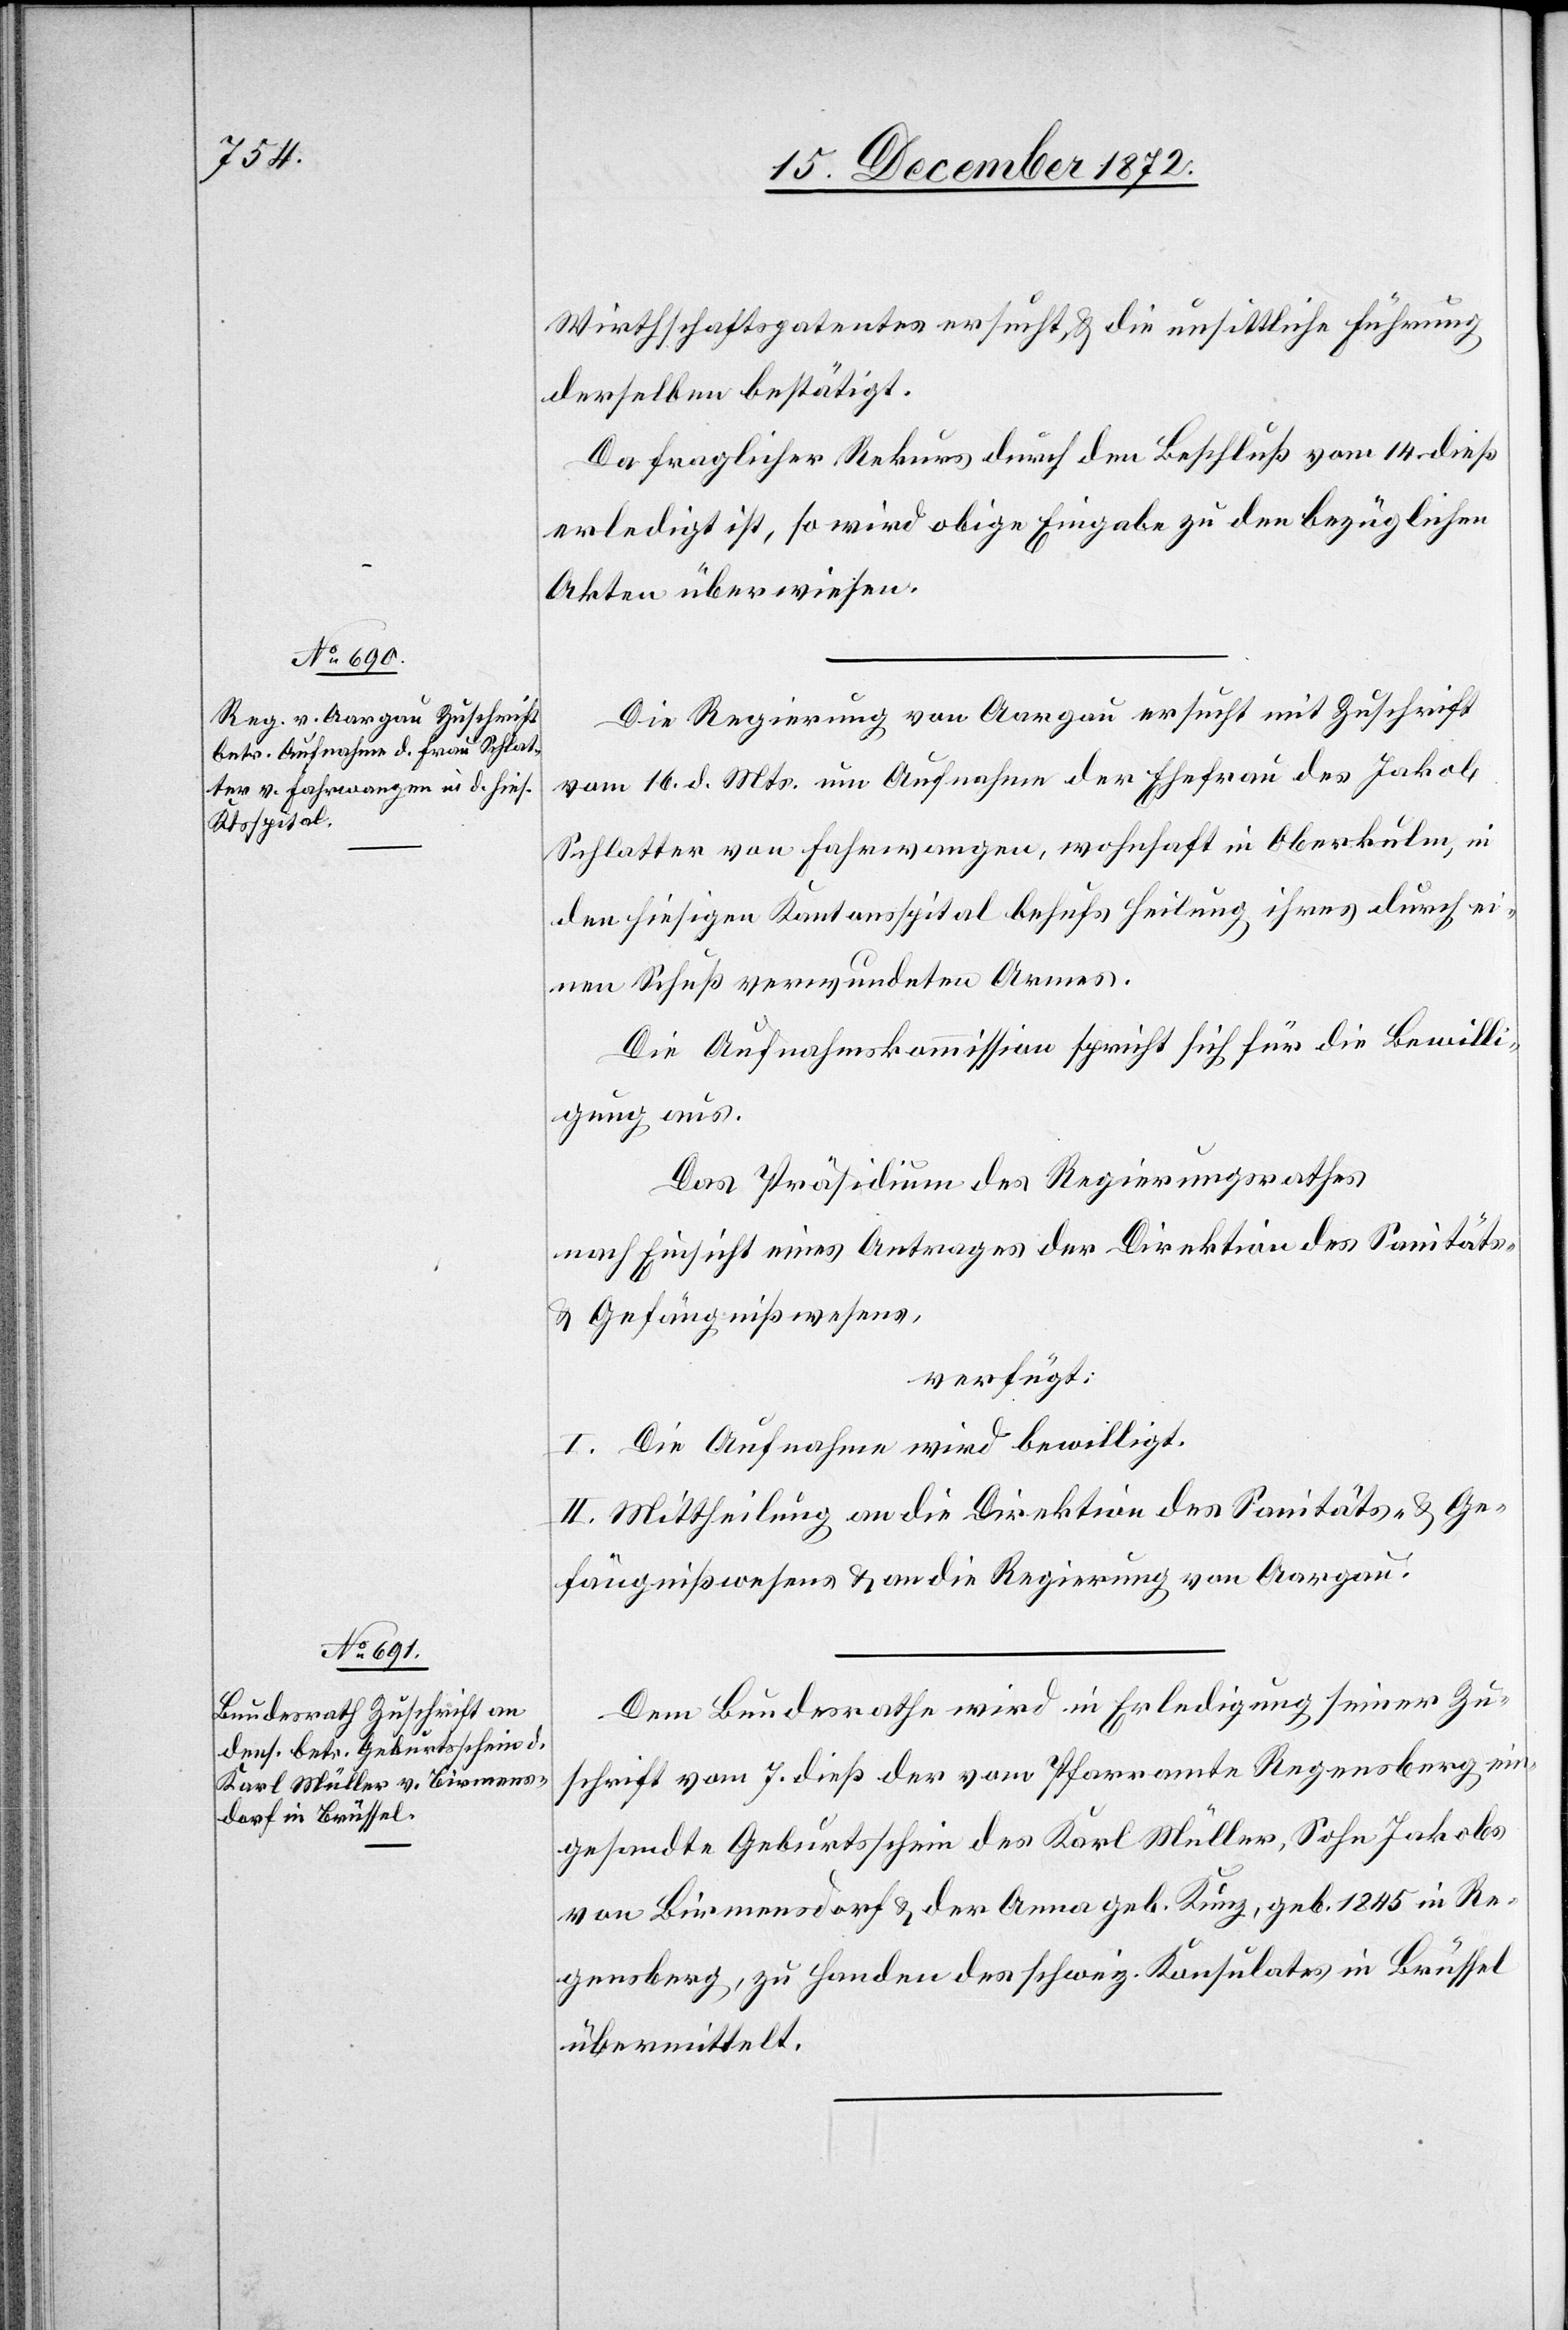
19. December 1872.]
Wirthschaftspatentes ersucht u. die unsittliche Führung
derselben bestätigt.
Da fraglicher Rekurs durch den Beschluß vom 14. dieß
erledigt ist, so wird obige Eingabe zu den bezüglichen
Akten überwiesen.
Die Regierung von Aargau ersucht mit Zuschrift
vom 16. d. Mts. um Aufnahme der Ehefrau des Jakob
Schlatter von Fahrwangen, wohnhaft on Oberkulm, in
den hiesigen Kantonsspital behufs Heilung ihres durch ei¬
nen Schuß verwundeten Armes.
Die Aufnahmskommission spricht sich für die Bewilli¬
gung aus.
Das Präsidium des Regierungsrathes
nach Einsicht eines Antrages der Direktion des Sanitäts-
u. Gefängnißwesens,
verfügt:
I. Die Aufnahme wird bewilligt.
II. Mittheilung an die Direktion des Sanitäts- u. Ge¬
fängnißwesens u. an die Regierung von Aargau.
Dem Bundesrathe wird in Erledigung seiner Zu¬
schrift vom 7. dieß der vom Pfarramte Regensberg ein¬
gesandte Geburtsschein des Karl Müller, Sohn Jakobs
von Birmensdorf u. der Anna geb. Kunz, geb. 1845 in Re¬
gensberg, zu Handen des schweiz. Konsulates in Brüssel
übermittelt.